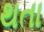
થતા